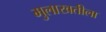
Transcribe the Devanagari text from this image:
मुलाखतीला